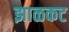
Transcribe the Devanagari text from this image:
झाळकट